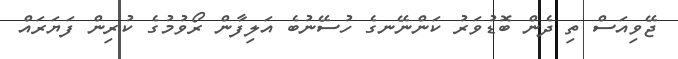
ޖޭވިއަސް ތި ދެން ބޮޑުވަރު ކަންނޭނގެ ހުސޭނުބެ އަލިފާން ރޯވުމުގެ ކުރިން ފަޔަރައް